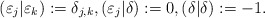
\begin{align*}(\varepsilon_j|\varepsilon_k):=\delta_{j,k},(\varepsilon_j|\delta):=0,(\delta|\delta):=-1.\end{align*}